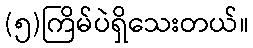
(၅)ကြိမ်ပဲရှိသေးတယ်။